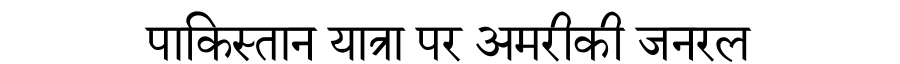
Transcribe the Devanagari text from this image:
पाकिस्तान यात्रा पर अमरीकी जनरल